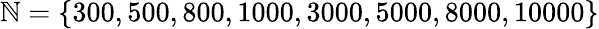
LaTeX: \mathbb{N}=\{ 300,500,800,1000,3000,5000,8000,10000\}